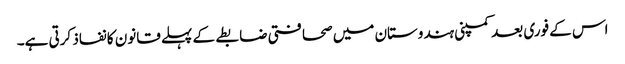
اس کے فوری بعد کمپنی ہندوستان میں صحافتی ضابطے کے پہلے قانون کا نفاذ کرتی ہے۔